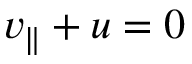
v _ { \parallel } + u = 0